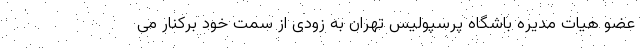
عضو هیات مدیره باشگاه پرسپولیس تهران به زودی از سمت خود برکنار می